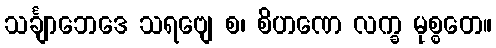
သင်္ချာဘေဒေ သရဗျေ စ၊ စိဟဏေ လက္ခ မုစ္စတေ။